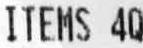
ITEMS 4Q